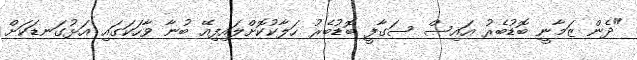
"ދެން ޒަމާނީ ބޮޑުބެރު އައިސް ސަގާފީ ބޮޑުބެރު ހަލާކުކޮށްލައިފިއޭ ބުނާ ވާހަކަގައި އަޅުގަނޑަކަށް